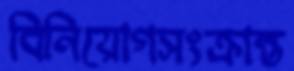
বিনিয়োগসংক্রান্ত